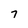
Character: 7